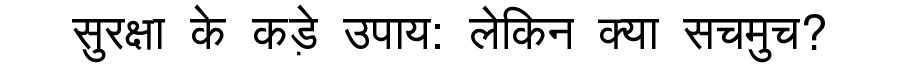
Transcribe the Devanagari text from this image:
सुरक्षा के कड़े उपाय: लेकिन क्या सचमुच?